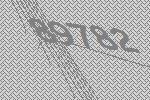
89782